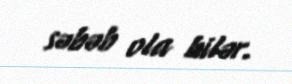
səbəb ola bilər.